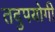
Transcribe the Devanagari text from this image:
तदुपयोगी